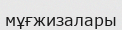
мұғжизалары